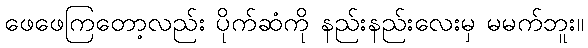
ဖေဖေကြတော့လည်း ပိုက်ဆံကို နည်းနည်းလေးမှ မမက်ဘူး။